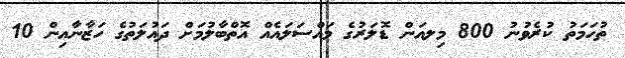
ތުހަމަތު ކުރެވުނު 800 މިލއަން ޑޮލަރުގެ މައްސަލައެއް އޮތްބާލުމަށް ދައުލަތުގެ ހަޒާނާއިން 10